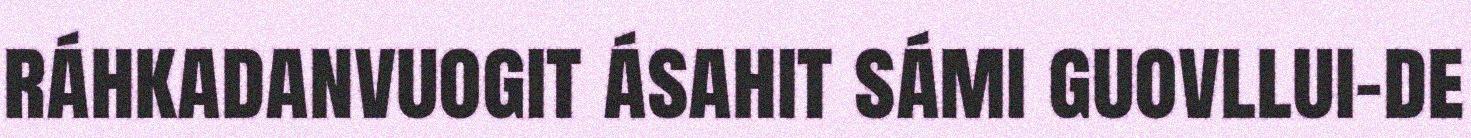
ráhkadanvuogit ásahit sámi guovllui-de